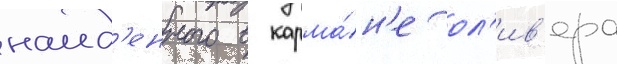
наид'енного в карма́н'е ол'ив'ера